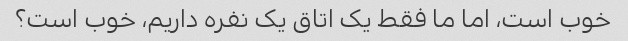
خوب است، اما ما فقط یک اتاق یک نفره داریم، خوب است؟